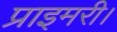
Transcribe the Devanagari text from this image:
प्राइमरी।